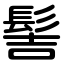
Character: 髻